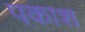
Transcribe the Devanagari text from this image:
पकाश